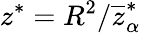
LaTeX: z^{*}=R^{2}/\overline{{z}}_{\alpha}^{*}